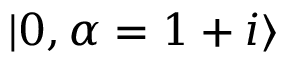
| 0 , \alpha = 1 + i \rangle